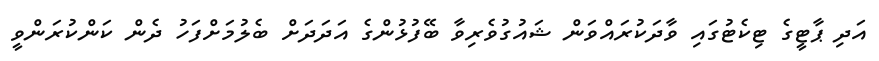
އަދި ޕާޓީގެ ޓިކެޓުގައި ވާދަކުރައްވަން ޝައުގުވެރިވާ ބޭފުޅުންގެ އަދަދަށް ބެލުމަށްފަހު ދެން ކަންކުރަންވީ